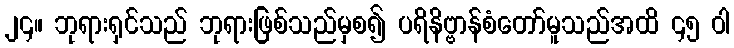
၂၄။ ဘုရားရှင်သည် ဘုရားဖြစ်သည်မှစ၍ ပရိနိဗ္ဗာန်စံတော်မူသည်အထိ ၄၅ ဝါ